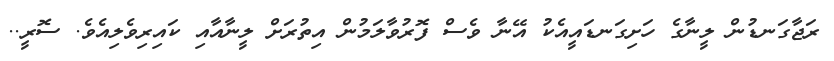
ރަޖާގަނޑުން ލީނާގެ ހަށިގަނޑައީއެކު އޭނާ ވެސް ފޮރުވާލަމުން އިތުރަށް ލީނާއާއި ކައިރިވެލިއެވެ. ސޮރީ..